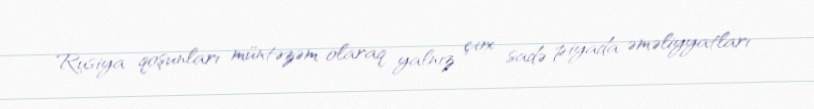
Rusiya qoşunları müntəzəm olaraq yalnız çox sadə piyada əməliyyatları